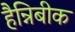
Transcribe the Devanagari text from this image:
हैन्निबीक